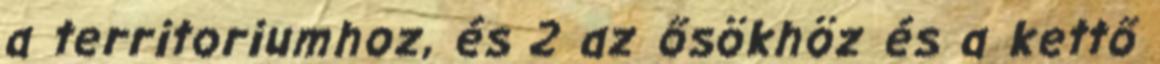
a territoriumhoz, és 2 az ősökhöz és a kettő